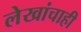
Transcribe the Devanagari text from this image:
लेखांचाही